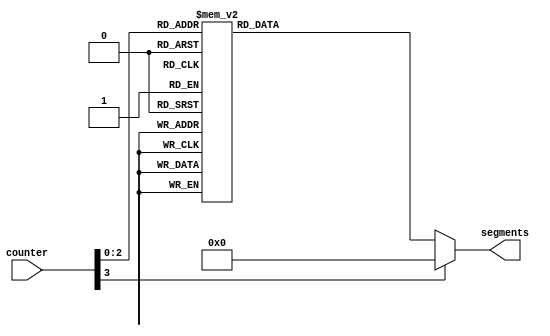

/*
      -- 1 --
     |       |
     6       2
     |       |
      -- 7 --
     |       |
     5       3
     |       |
      -- 4 --
*/

module seg7 (
    input wire [3:0] counter,
    output reg [6:0] segments
);

    always @(*) begin
        case(counter)
            0:  segments = 7'b0111001;
            1:  segments = 7'b0000100;
            2:  segments = 7'b1011001;
            3:  segments = 7'b1001111;
            4:  segments = 7'b1100000;
            5:  segments = 7'b1101101;
            6:  segments = 7'b1111101;
            7:  segments = 7'b0000111;
	    default:
                segments = 7'b0000000;
        endcase
    end

endmodule